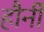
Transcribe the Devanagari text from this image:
हौर्नी